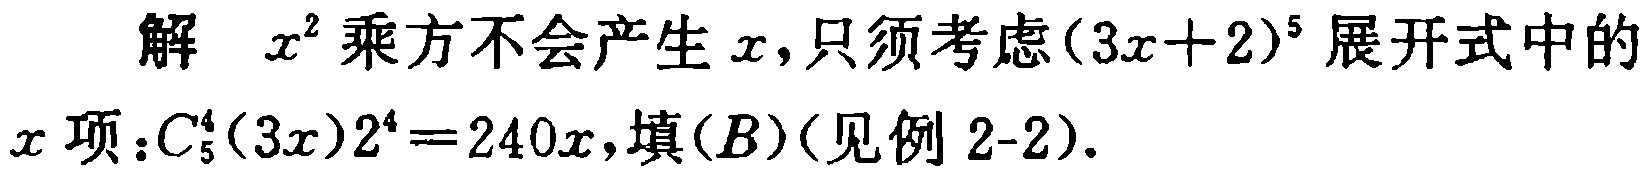
解 \(x^{2}\) 乘方不会产生 \(x\)，只须考虑 \((3x + 2)^{5}\) 展开式中的 \(x\) 项：\(C_{5}^{4}(3x)2^{4}=240x\)，填\((B)\)（见例 2-2）.